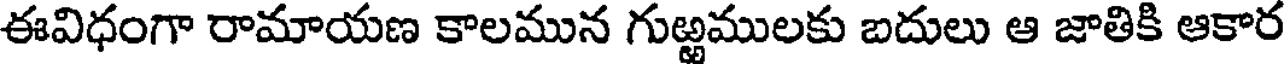
ఈవిధంగా రామాయణ కాలమున గుఱ్ఱములకు బదులు ఆ జాతికి ఆకార